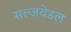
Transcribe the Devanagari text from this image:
सल्जवेडल